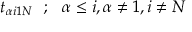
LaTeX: t _ { \alpha i 1 N } ~ ~ ; ~ ~ \alpha \leq i , \alpha \neq 1 , i \neq N